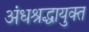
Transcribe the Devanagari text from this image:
अंधश्रद्धायुक्त